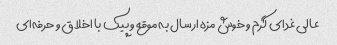
عالی غدای گرم و خوش مزه ارسال به موقع و پیک با اخلاق و حرفه‌ای